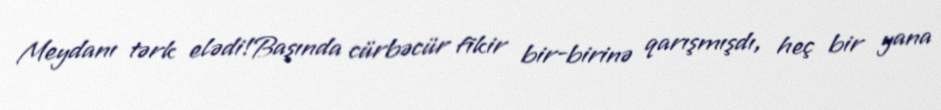
Meydanı tərk elədi!Başında cürbəcür fikir bir-birinə qarışmışdı, heç bir yana